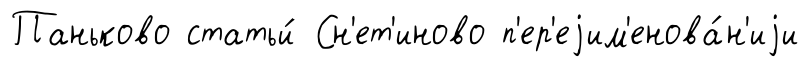
Паньково статьи́ Сн'ет'иново п'ер'еjим'енова́н'иjи